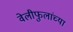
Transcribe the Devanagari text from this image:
वेलीफुलांच्या